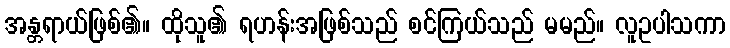
အန္တရာယ်ဖြစ်၏။ ထိုသူ၏ ရဟန်းအဖြစ်သည် စင်ကြယ်သည် မမည်။ လူဥပါသကာ